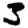
Digit: 3